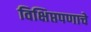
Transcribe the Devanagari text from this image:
विक्षिप्तपणाचे